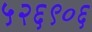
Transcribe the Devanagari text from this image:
५२६९०६